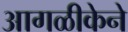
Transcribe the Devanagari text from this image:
आगळीकेने